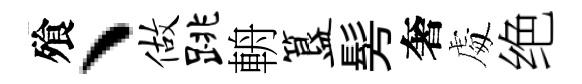
飱、做跳輈簋髣奢䖏绝